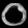
Digit: ၀